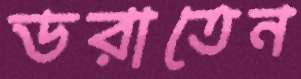
ডরাতেন